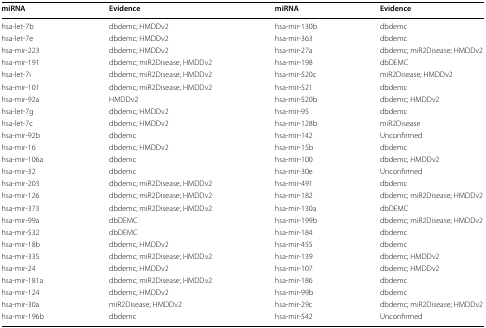
<table><thead><tr><td><b>miRNA</b></td><td><b>Evidence</b></td><td><b>miRNA</b></td><td><b>Evidence</b></td></tr></thead><tbody><tr><td>hsa-let-7b</td><td>dbdemc; HMDDv2</td><td>hsa-mir-130b</td><td>dbdemc</td></tr><tr><td>hsa-let-7e</td><td>dbdemc; HMDDv2</td><td>hsa-mir-363</td><td>dbdemc</td></tr><tr><td>hsa-mir-223</td><td>dbdemc; HMDDv2</td><td>hsa-mir-27a</td><td>dbdemc; miR2Disease; HMDDv2</td></tr><tr><td>hsa-mir-191</td><td>dbdemc; miR2Disease; HMDDv2</td><td>hsa-mir-198</td><td>dbDEMC</td></tr><tr><td>hsa-let-7i</td><td>dbdemc; miR2Disease; HMDDv2</td><td>hsa-mir-520c</td><td>miR2Disease; HMDDv2</td></tr><tr><td>hsa-mir-101</td><td>dbdemc; miR2Disease; HMDDv2</td><td>hsa-mir-521</td><td>dbdemc</td></tr><tr><td>hsa-mir-92a</td><td>HMDDv2</td><td>hsa-mir-520b</td><td>dbdemc; HMDDv2</td></tr><tr><td>hsa-let-7g</td><td>dbdemc; HMDDv2</td><td>hsa-mir-95</td><td>dbdemc</td></tr><tr><td>hsa-let-7c</td><td>dbdemc; HMDDv2</td><td>hsa-mir-128b</td><td>miR2Disease</td></tr><tr><td>hsa-mir-92b</td><td>dbdemc</td><td>hsa-mir-142</td><td>Unconfirmed</td></tr><tr><td>hsa-mir-16</td><td>dbdemc; HMDDv2</td><td>hsa-mir-15b</td><td>dbdemc</td></tr><tr><td>hsa-mir-106a</td><td>dbdemc</td><td>hsa-mir-100</td><td>dbdemc; HMDDv2</td></tr><tr><td>hsa-mir-32</td><td>dbdemc</td><td>hsa-mir-30e</td><td>Unconfirmed</td></tr><tr><td>hsa-mir-203</td><td>dbdemc; miR2Disease; HMDDv2</td><td>hsa-mir-491</td><td>dbdemc</td></tr><tr><td>hsa-mir-126</td><td>dbdemc; miR2Disease; HMDDv2</td><td>hsa-mir-182</td><td>dbdemc; miR2Disease; HMDDv2</td></tr><tr><td>hsa-mir-373</td><td>dbdemc; miR2Disease; HMDDv2</td><td>hsa-mir-130a</td><td>dbDEMC</td></tr><tr><td>hsa-mir-99a</td><td>dbDEMC</td><td>hsa-mir-199b</td><td>dbdemc; miR2Disease; HMDDv2</td></tr><tr><td>hsa-mir-532</td><td>dbDEMC</td><td>hsa-mir-184</td><td>dbdemc</td></tr><tr><td>hsa-mir-18b</td><td>dbdemc; HMDDv2</td><td>hsa-mir-455</td><td>dbdemc</td></tr><tr><td>hsa-mir-335</td><td>dbdemc; miR2Disease; HMDDv2</td><td>hsa-mir-139</td><td>dbdemc; HMDDv2</td></tr><tr><td>hsa-mir-24</td><td>dbdemc; HMDDv2</td><td>hsa-mir-107</td><td>dbdemc; HMDDv2</td></tr><tr><td>hsa-mir-181a</td><td>dbdemc; miR2Disease; HMDDv2</td><td>hsa-mir-186</td><td>dbdemc</td></tr><tr><td>hsa-mir-124</td><td>dbdemc; HMDDv2</td><td>hsa-mir-99b</td><td>dbdemc</td></tr><tr><td>hsa-mir-30a</td><td>miR2Disease; HMDDv2</td><td>hsa-mir-29c</td><td>dbdemc; miR2Disease; HMDDv2</td></tr><tr><td>hsa-mir-196b</td><td>dbdemc</td><td>hsa-mir-542</td><td>Unconfirmed</td></tr></tbody></table>